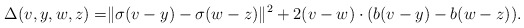
\begin{align*}\Delta(v,y,w,z)=&\|\sigma(v-y)-\sigma(w-z)\|^2+2(v-w)\cdot(b(v-y)-b(w-z)).\end{align*}